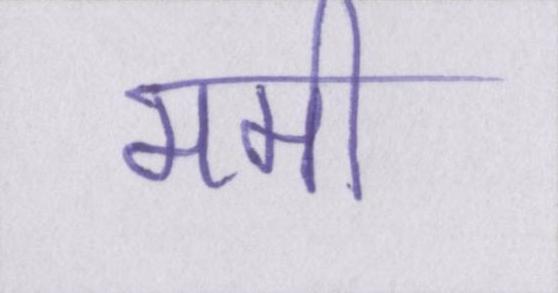
ममी